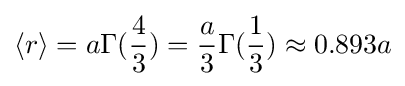
\langle r\rangle =a\Gamma ({\frac {4}{3}})={\frac {a}{3}}\Gamma ({\frac {1}{3}})\approx 0.893a